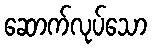
ဆောက်လုပ်သော